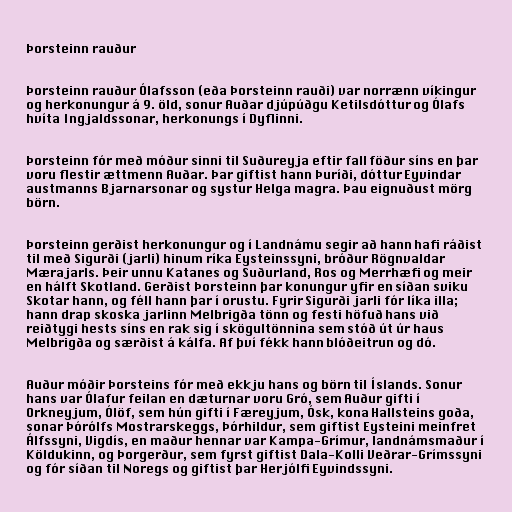
Þorsteinn rauður

Þorsteinn rauður Ólafsson (eða Þorsteinn rauði) var norrænn víkingur
og herkonungur á 9. öld, sonur Auðar djúpúðgu Ketilsdóttur og Ólafs
hvíta Ingjaldssonar, herkonungs í Dyflinni.

Þorsteinn fór með móður sinni til Suðureyja eftir fall föður síns en þar
voru flestir ættmenn Auðar. Þar giftist hann Þuríði, dóttur Eyvindar
austmanns Bjarnarsonar og systur Helga magra. Þau eignuðust mörg
börn.

Þorsteinn gerðist herkonungur og í Landnámu segir að hann hafi ráðist
til með Sigurði (jarli) hinum ríka Eysteinssyni, bróður Rögnvaldar
Mærajarls. Þeir unnu Katanes og Suðurland, Ros og Merrhæfi og meir
en hálft Skotland. Gerðist Þorsteinn þar konungur yfir en síðan sviku
Skotar hann, og féll hann þar í orustu. Fyrir Sigurði jarli fór líka illa;
hann drap skoska jarlinn Melbrigða tönn og festi höfuð hans við
reiðtygi hests síns en rak sig í skögultönnina sem stóð út úr haus
Melbrigða og særðist á kálfa. Af því fékk hann blóðeitrun og dó.

Auður móðir Þorsteins fór með ekkju hans og börn til Íslands. Sonur
hans var Ólafur feilan en dæturnar voru Gró, sem Auður gifti í
Orkneyjum, Ólöf, sem hún gifti í Færeyjum, Ósk, kona Hallsteins goða,
sonar Þórólfs Mostrarskeggs, Þórhildur, sem giftist Eysteini meinfret
Álfssyni, Vigdís, en maður hennar var Kampa-Grímur, landnámsmaður í
Köldukinn, og Þorgerður, sem fyrst giftist Dala-Kolli Veðrar-Grímssyni
og fór síðan til Noregs og giftist þar Herjólfi Eyvindssyni.